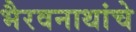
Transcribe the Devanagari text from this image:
भैरवनाथांचे